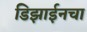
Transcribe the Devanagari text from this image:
डिझाईनचा